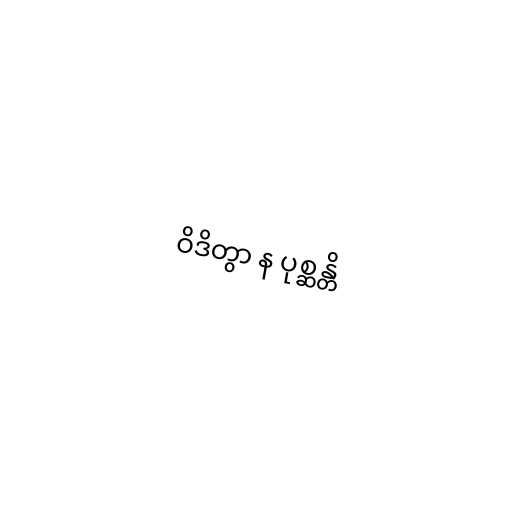
ဝိဒိတွာ န ပုစ္ဆန္တိ